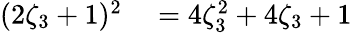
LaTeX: \begin{array}{rl}{(2\zeta_{3}+1)^{2}}&{{}=4\zeta_{3}^{2}+4\zeta_{3}+1}\end{array}